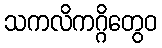
သကလိကဂ္ဂိတွေဝ